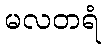
မလတရံ